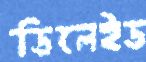
ডিলেইড